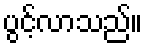
ပွင့်လာသည်။